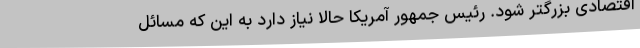
اقتصادی بزرگتر شود. رئیس جمهور آمریکا حالا نیاز دارد به این که مسائل